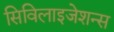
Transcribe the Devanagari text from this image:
सिविलाइजेशन्स